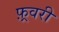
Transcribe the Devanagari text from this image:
फ़्रवरी